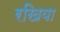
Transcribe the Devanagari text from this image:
रखिया